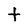
Character: t